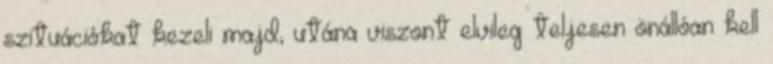
szituációkat kezeli majd, utána viszont elvileg teljesen önállóan kell